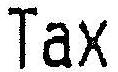
TAX